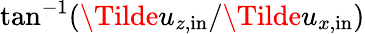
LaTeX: \tan^{-1}(\Tilde{u}_{z,\mathrm{in}}/\Tilde{u}_{x,\mathrm{in}})